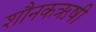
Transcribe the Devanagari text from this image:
शौनकऋषी